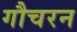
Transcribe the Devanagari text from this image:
गौचरन